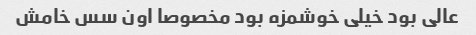
عالی بود خیلی خوشمزه بود مخصوصا اون سس خامش